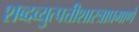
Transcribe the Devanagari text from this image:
शब्दव्युत्पत्तीशास्त्राप्रमाणे